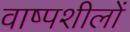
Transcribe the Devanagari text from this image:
वाष्पशीलों